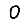
Digit: 0